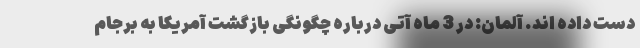
دست داده اند. آلمان: در 3 ماه آتی درباره چگونگی بازگشت آمریکا به برجام